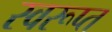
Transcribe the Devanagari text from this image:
स्वरूप्त